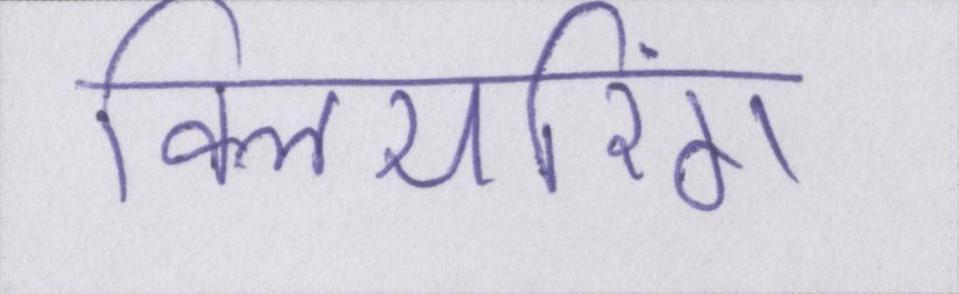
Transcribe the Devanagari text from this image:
क्लियरिंग